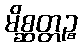
မိစ္ဆတ္တဉ္စ